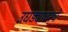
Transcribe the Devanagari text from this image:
उघड्यावरचे